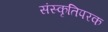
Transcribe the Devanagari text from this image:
संस्कृतिपरक